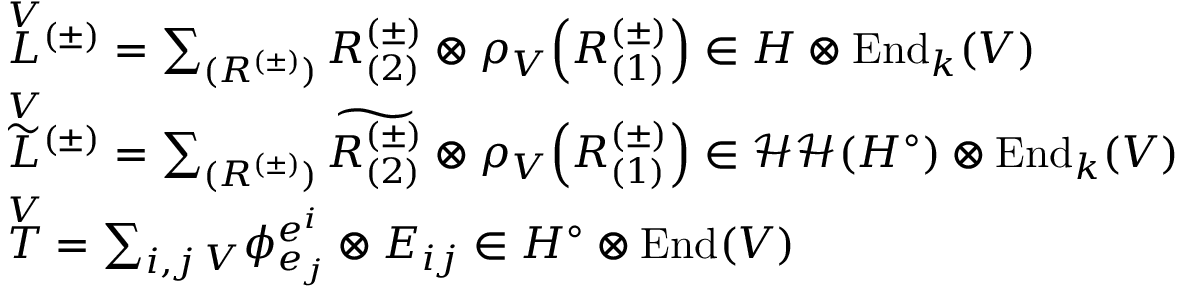
\begin{array} { r l } & { \overset { V } { L } { ^ { ( \pm ) } } = \sum _ { ( R ^ { ( \pm ) } ) } R _ { ( 2 ) } ^ { ( \pm ) } \otimes \rho _ { V } \! \left( R _ { ( 1 ) } ^ { ( \pm ) } \right) \in H \otimes \mathrm { E n d } _ { k } ( V ) } \\ & { \overset { V } { \widetilde { L } } { ^ { ( \pm ) } } = \sum _ { ( R ^ { ( \pm ) } ) } \widetilde { R _ { ( 2 ) } ^ { ( \pm ) } } \otimes \rho _ { V } \! \left( R _ { ( 1 ) } ^ { ( \pm ) } \right) \in \mathcal { H H } ( H ^ { \circ } ) \otimes \mathrm { E n d } _ { k } ( V ) } \\ & { \overset { V } { T } = \sum _ { i , j } { _ V \phi _ { e _ { j } } ^ { e ^ { i } } } \otimes E _ { i j } \in H ^ { \circ } \otimes \mathrm { E n d } ( V ) } \end{array}